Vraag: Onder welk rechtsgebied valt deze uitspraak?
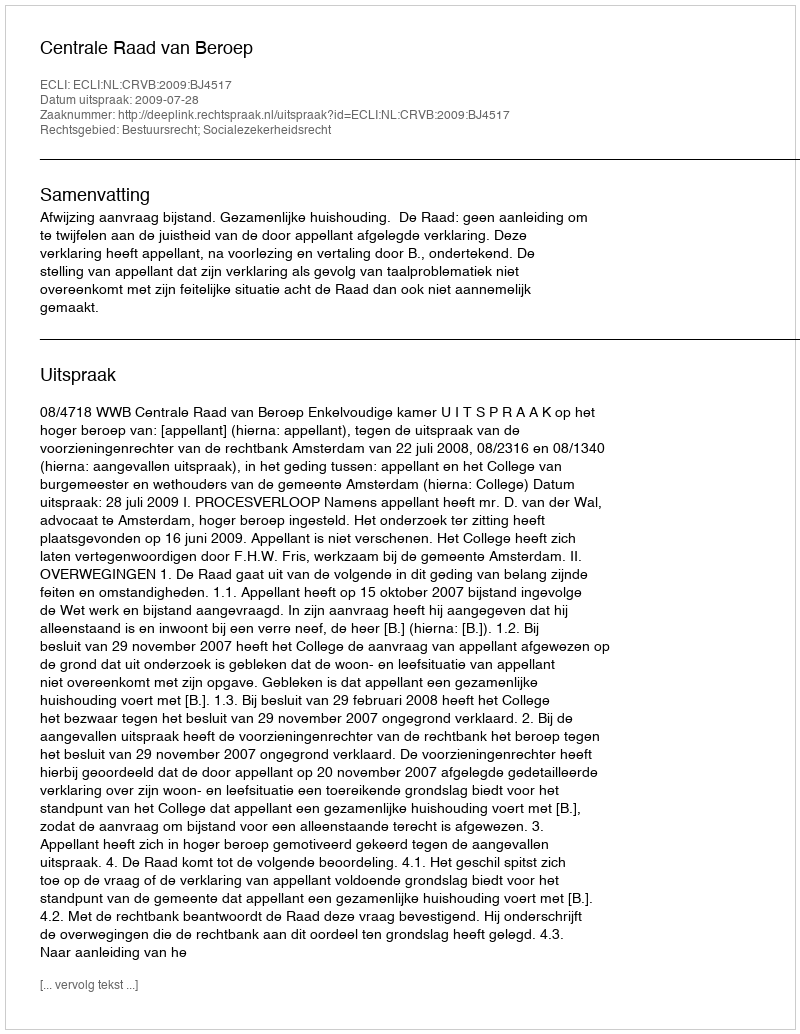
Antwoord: Bestuursrecht; Socialezekerheidsrecht